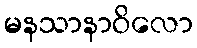
မနသာနာဝိလော